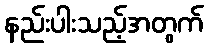
နည်းပါးသည့်အတွက်